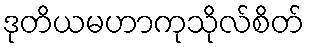
ဒုတိယမဟာကုသိုလ်စိတ်